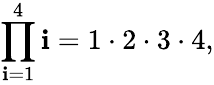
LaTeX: \prod_{\mathbf{i}=1}^{4}\mathbf{i}=1\cdot2\cdot3\cdot4,